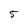
Character: 5